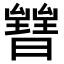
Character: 𣋧